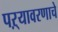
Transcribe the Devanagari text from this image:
पऱ्यावरणाचे